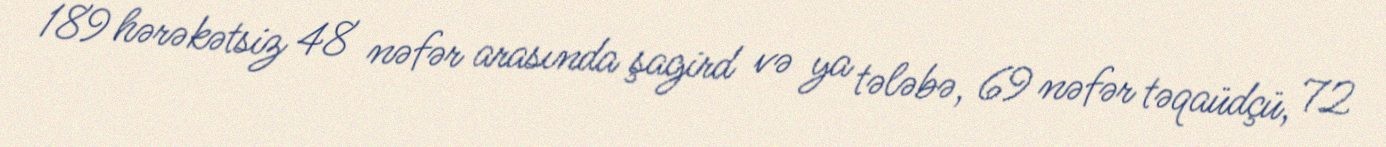
189 hərəkətsiz 48 nəfər arasında şagird və ya tələbə, 69 nəfər təqaüdçü, 72